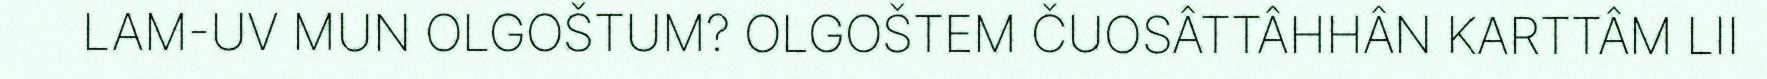
LAM-UV MUN OLGOŠTUM? OLGOŠTEM ČUOSÂTTÂHHÂN KARTTÂM LII